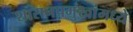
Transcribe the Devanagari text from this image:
शासनप्रमुखांमध्ये